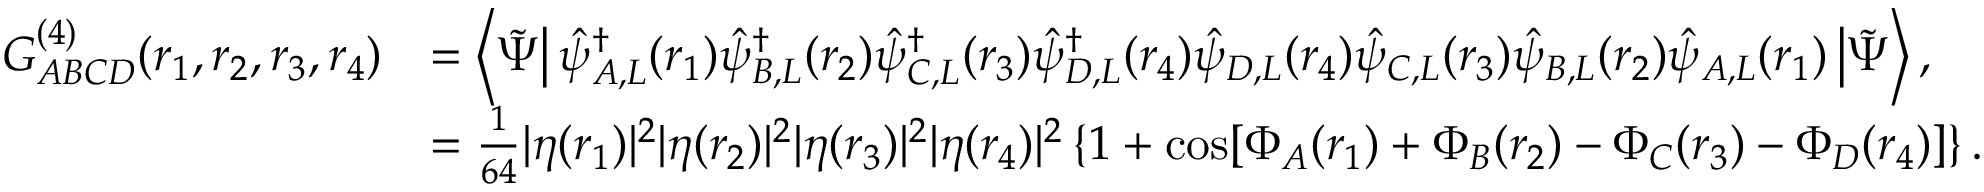
\begin{array} { r l } { G _ { A B C D } ^ { ( 4 ) } ( \boldsymbol { r } _ { 1 } , \boldsymbol { r } _ { 2 } , \boldsymbol { r } _ { 3 } , \boldsymbol { r } _ { 4 } ) } & { = \left\langle \tilde { \Psi } \right| \hat { \psi } _ { A , L } ^ { \dagger } ( \boldsymbol { r } _ { 1 } ) \hat { \psi } _ { B , L } ^ { \dagger } ( \boldsymbol { r } _ { 2 } ) \hat { \psi } _ { C , L } ^ { \dagger } ( \boldsymbol { r } _ { 3 } ) \hat { \psi } _ { D , L } ^ { \dagger } ( \boldsymbol { r } _ { 4 } ) \hat { \psi } _ { D , L } ( \boldsymbol { r } _ { 4 } ) \hat { \psi } _ { C , L } ( \boldsymbol { r } _ { 3 } ) \hat { \psi } _ { B , L } ( \boldsymbol { r } _ { 2 } ) \hat { \psi } _ { A , L } ( \boldsymbol { r } _ { 1 } ) \left| \tilde { \Psi } \right\rangle , } \\ & { = \frac { 1 } { 6 4 } | \eta ( \boldsymbol { r } _ { 1 } ) | ^ { 2 } | \eta ( \boldsymbol { r } _ { 2 } ) | ^ { 2 } | \eta ( \boldsymbol { r } _ { 3 } ) | ^ { 2 } | \eta ( \boldsymbol { r } _ { 4 } ) | ^ { 2 } \left\{ 1 + \cos [ \Phi _ { A } ( \boldsymbol { r } _ { 1 } ) + \Phi _ { B } ( \boldsymbol { r } _ { 2 } ) - \Phi _ { C } ( \boldsymbol { r } _ { 3 } ) - \Phi _ { D } ( \boldsymbol { r } _ { 4 } ) ] \right\} . } \end{array}